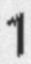
1